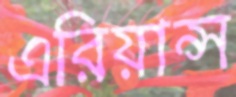
এরিয়ান্স